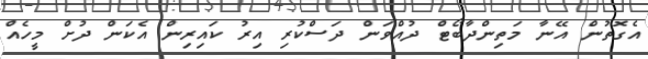
އެގޮތުން އޭނާ މަތިންދާބޯޓް ދުއްވަން ދަސްކުރި އިރު ކައިރިން އެކަން ދުށް މީހެއް